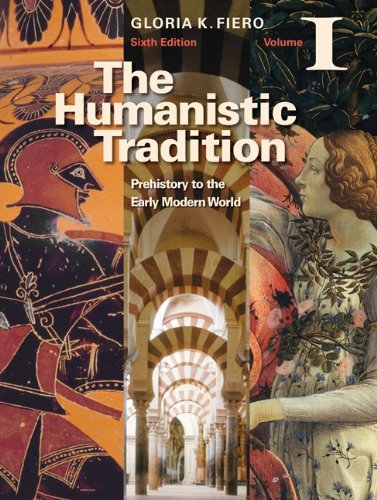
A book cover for The Humanistic Tradition Volume I: Prehistory to the Early Modern World; Gloria Fiero; History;